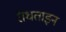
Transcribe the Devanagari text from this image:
रॉधताइन